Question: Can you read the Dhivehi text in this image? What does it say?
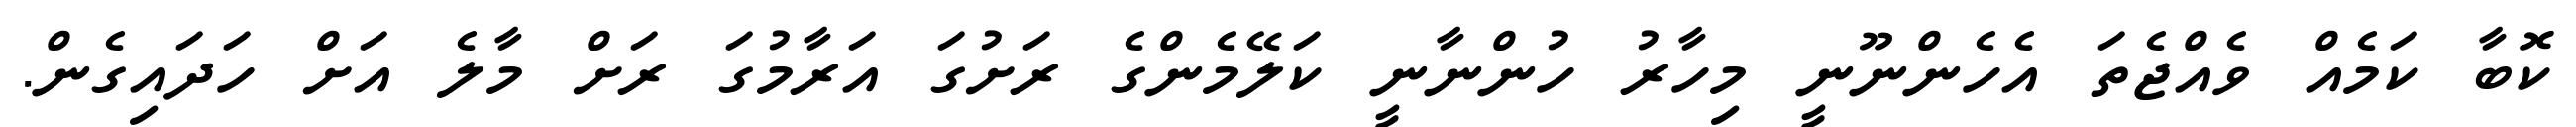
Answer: ކޮބާ ކަމެއް ވެއްޖެތަ އެހެންނޫނީ މިހާރު ހުންނާނީ ކަލޭމެންގެ ރަށުގަ އަރާމުގަ ރަށް މާލެ އަށް ހަދައިގެން.